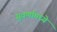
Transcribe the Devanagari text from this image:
सुवर्णामध्ये